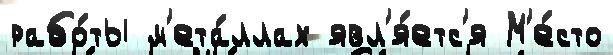
рабо́ты м'ета́ллах явл'я́етс'я М'е́сто